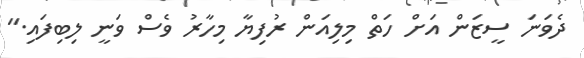
ދެވަނަ ސީޒަން އަށް ހަތް މިލިއަން ރުފިޔާ މިހާރު ވެސް ވަނީ ލިބިފައި."